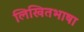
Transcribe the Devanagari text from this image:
लिखितभाषा